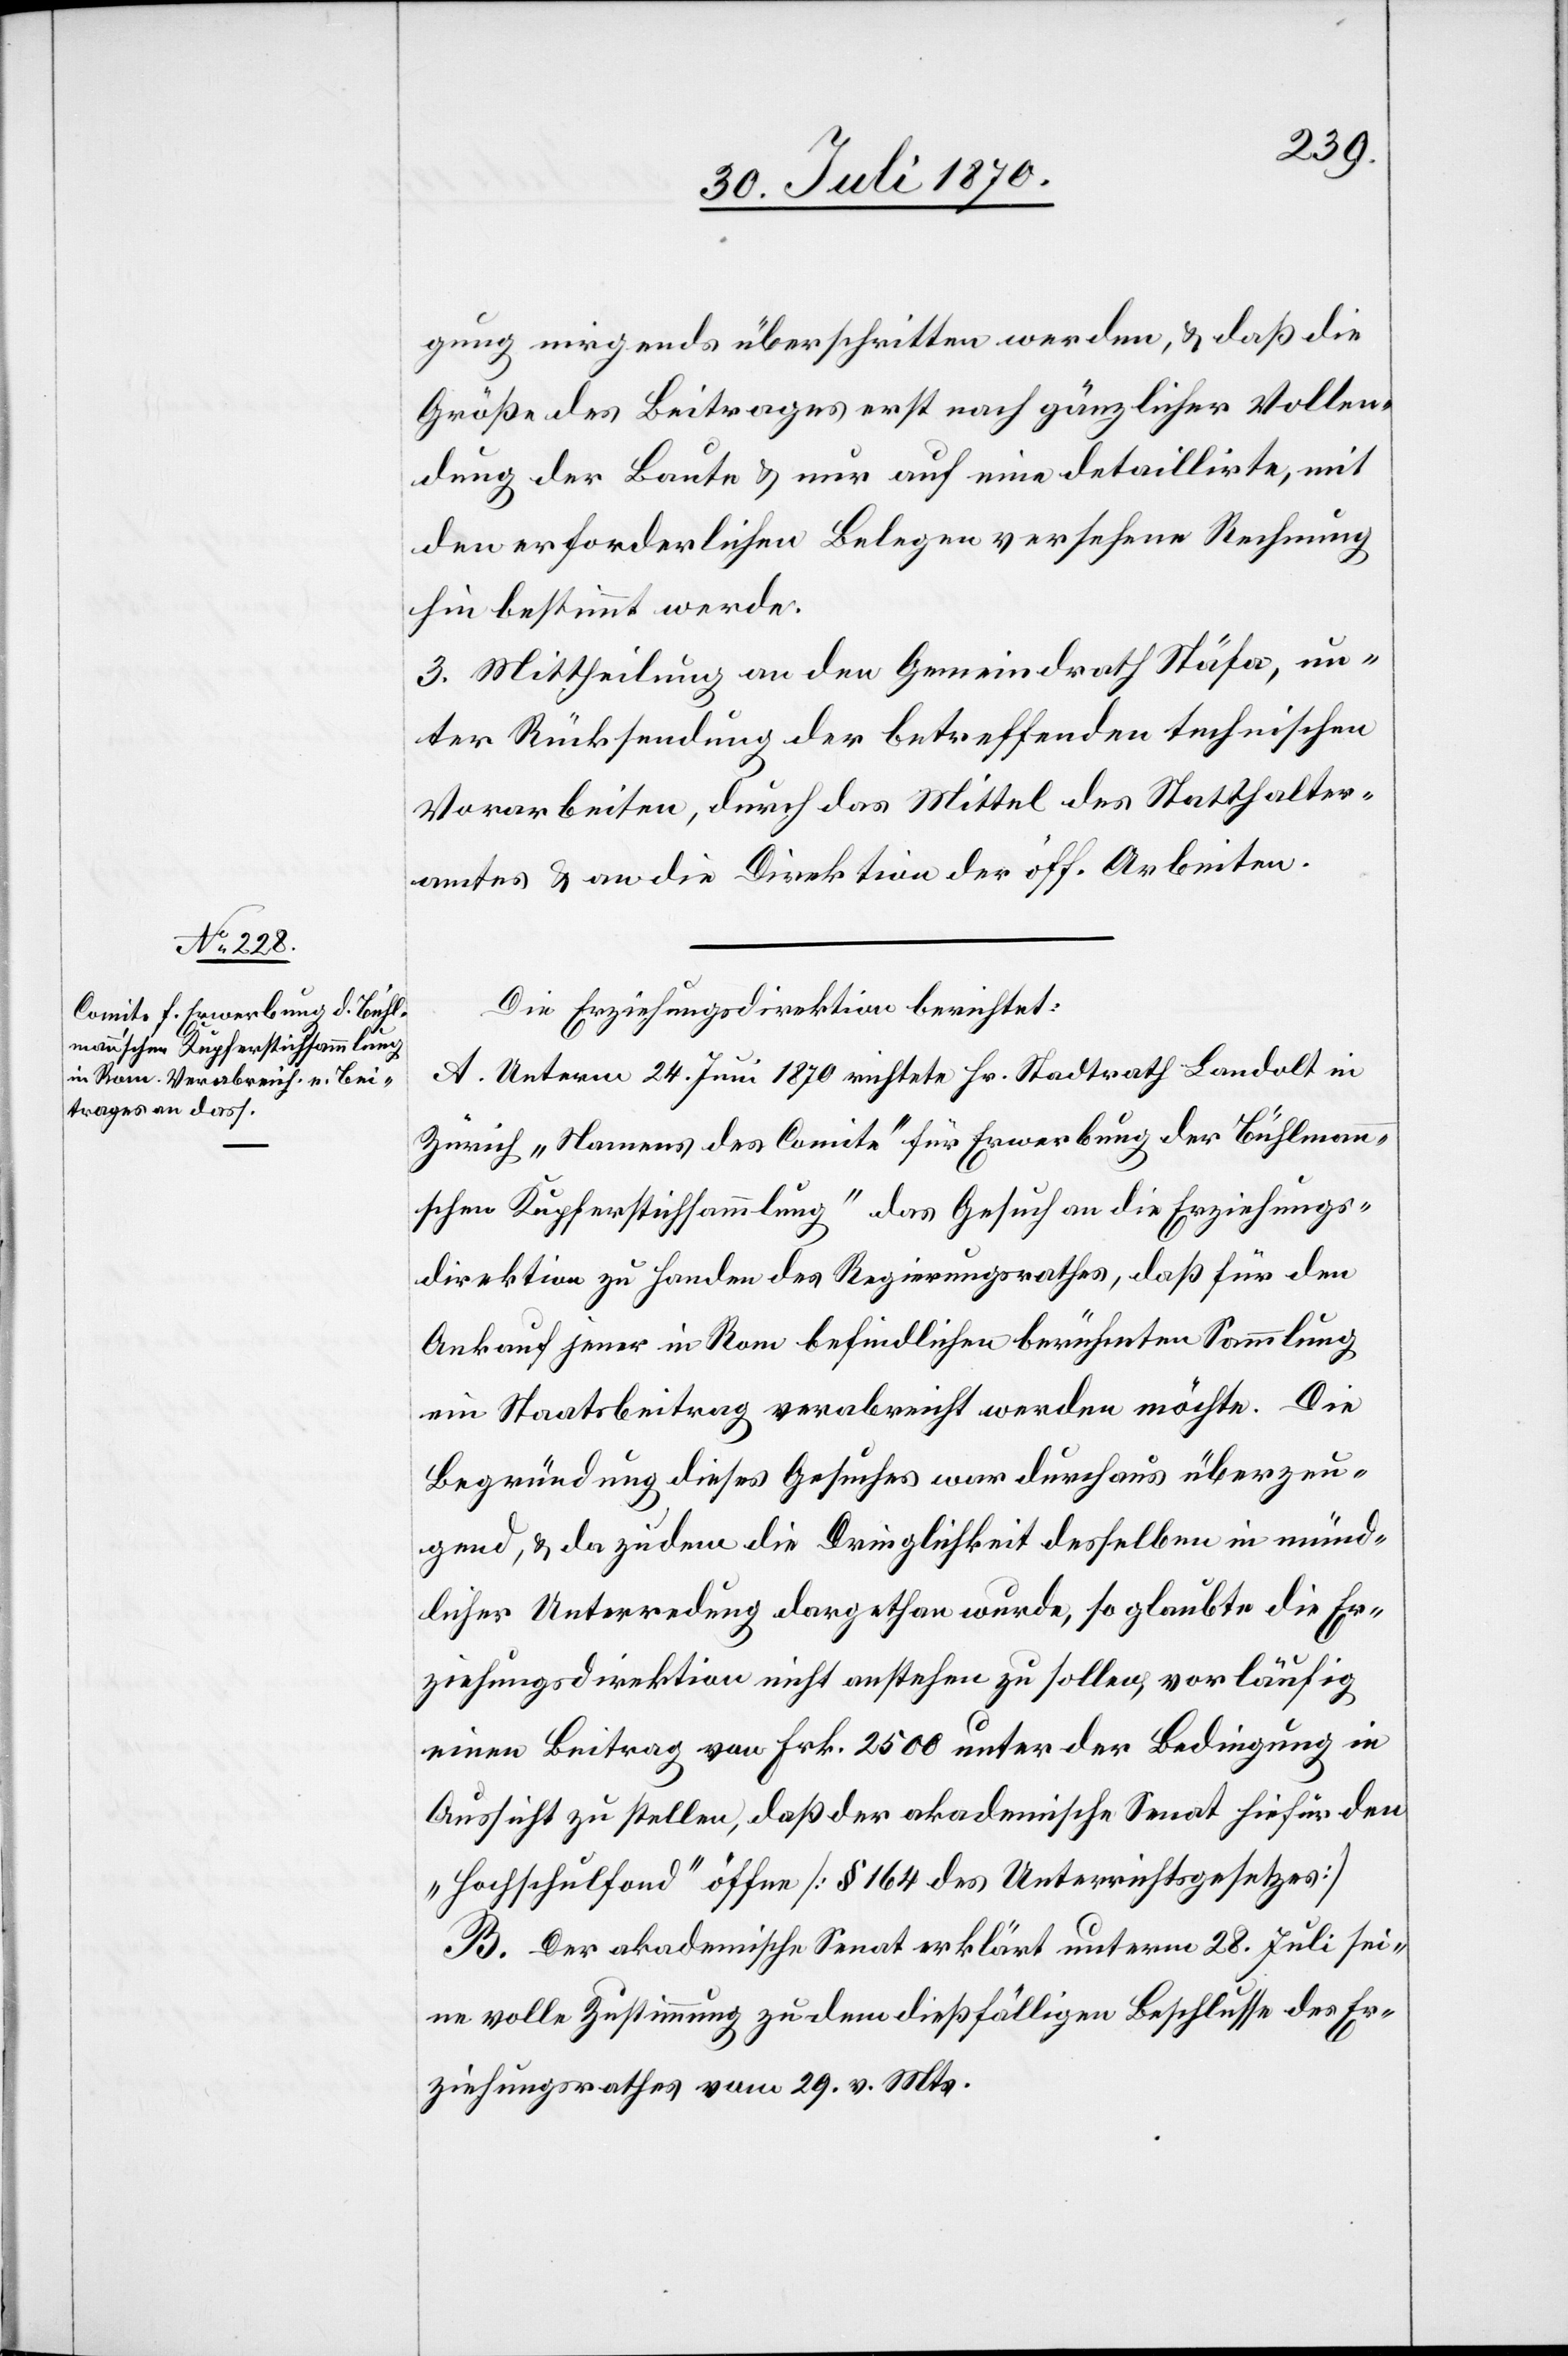
gung nirgends überschritten werden, & daß die
Größe des Beitrages erst nach gänzlicher Vollen¬
dung der Baute & nur auf eine detaillirte, mit
den erforderlichen Belegen versehene Rechnung
hin bestimmt werde.
3. Mittheilung an den Gemeindrath Stäfa, un¬
ter Rücksendung der betreffenden technischen
Vorarbeiten, durch das Mittel des Statthalter¬
amtes & an die Direktion der öff. Arbeiten.
Die Erziehungsdirektion berichtet:
A. Unterm 24. Juni 1870 richtete Hr. Stadtrath Landolt in
Zürich „Namens des Comite für Erwerbung der Bühlmann¬
schen Kupferstichsammlung“ das Gesuch an die Erziehungs¬
direktion zu Handen des Regierungsrathes, daß für den
Ankauf jener in Rom befindlichen berühmten Sammlung
ein Staatsbeitrag verabreicht werden möchte. Die
Begründung dieses Gesuches war durchaus überzeu¬
gend, & da zudem die Dringlichkeit desselben in münd¬
licher Unterredung dargethan wurde, so glaubte die Er¬
ziehungsdirektion nicht anstehen zu sollen, vorläufig
einen Beitrag von Frk. 2500 unter der Bedingung in
Aussicht zu stellen, daß der akademische Senat hiefür den
„Hochschulfond“ öffne [§ 164 des Unterrichtsgesetzes]
B. Der akademische Senat erklärt unterm 28. Juli sei¬
ne volle Zustimmung zu dem dießfälligen Beschlusse des Er¬
ziehungsrathes vom 29. v. Mts.